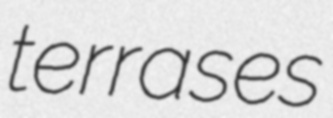
terrases